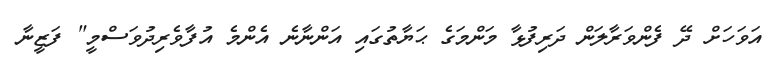
އަވަހަށް ދޭ ފެންވަރާލަން ދަރިފުޅާ މަންމަގެ ޙަޔާތުގައި އަންނާނެ އެންމެ އުފާވެރިދުވަސްމީ" ފަޒީނާ